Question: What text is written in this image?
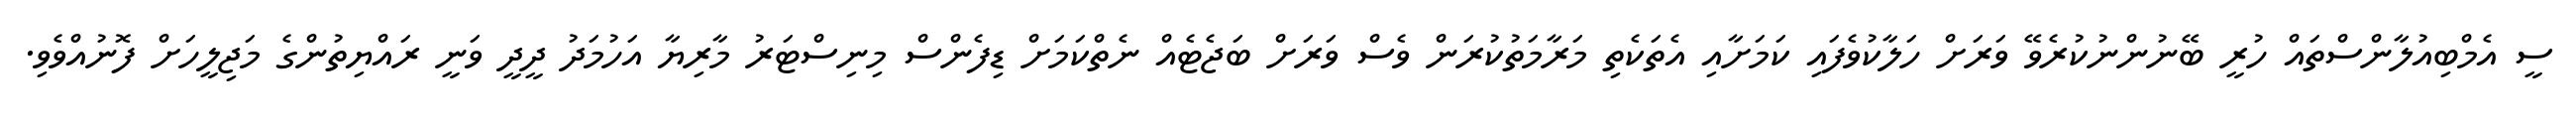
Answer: ސީ އެމްބިއުލާންސްތައް ހުރީ ބޭނުންނުކުރެވޭ ވަރަށް ހަލާކުވެފައި ކަމަށާއި އެތަކެތި މަރާމަތުކުރަން ވެސް ވަރަށް ބަޖެޓެއް ނެތްކަމަށް ޑިފެންސް މިނިސްޓަރު މާރިޔާ އަހުމަދު ދީދީ ވަނީ ރައްޔިތުންގެ މަޖިލީހަށް ފޮނުއްވެވި.